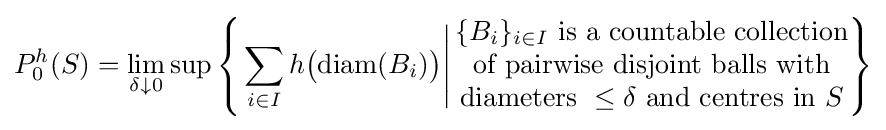
P_{0}^{h}(S)=\lim _{\delta \downarrow 0}\sup \left\{\left.\sum _{i\in I}h{\big (}\mathrm {diam} (B_{i}){\big )}\right|{\begin{matrix}\{B_{i}\}_{i\in I}{\text{ is a countable collection}}\\{\text{of pairwise disjoint balls with}}\\{\text{diameters }}\leq \delta {\text{ and centres in }}S\end{matrix}}\right\}